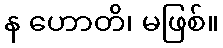
န ဟောတိ၊ မဖြစ်။